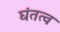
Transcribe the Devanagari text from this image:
घंतत्व